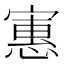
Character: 寭